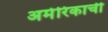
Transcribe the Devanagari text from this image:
अमेरिकाची